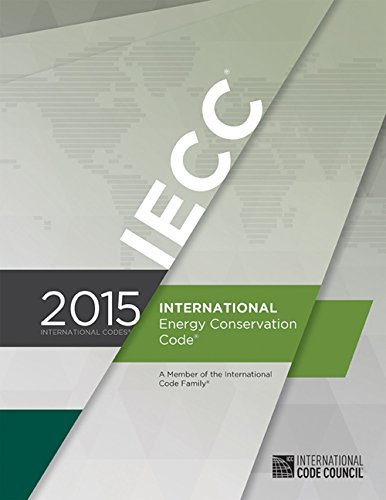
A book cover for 2015 International Energy Conservation Code; International Code Council; Engineering & Transportation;